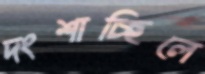
দংশাচ্ছিলে